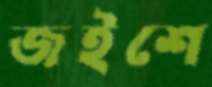
জইশে